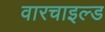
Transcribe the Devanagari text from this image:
वारचाइल्ड